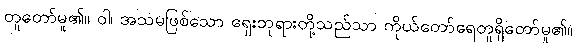
တူတော်မူ၏။ ဝါ၊ အသမဖြစ်သော ရှေးဘုရားတို့သည်သာ ကိုယ်တော်ရေတူရှိတော်မူ၏။